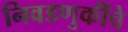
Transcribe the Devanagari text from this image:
निवडणुकींचे